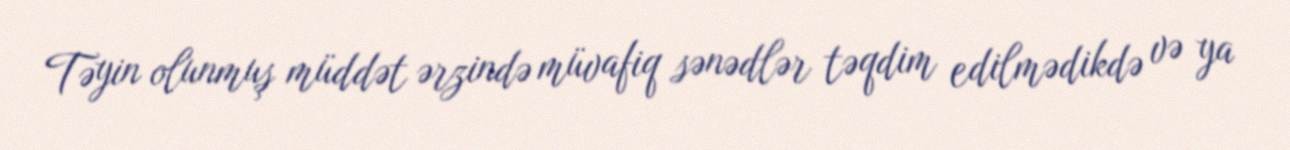
Təyin olunmuş müddət ərzində müvafiq sənədlər təqdim edilmədikdə və ya